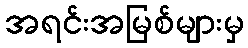
အရင်းအမြစ်များမှ